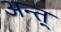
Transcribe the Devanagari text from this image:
अन्त्